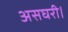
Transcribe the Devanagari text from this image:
असघरी।